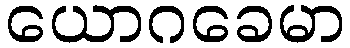
ယောဂခေမာ